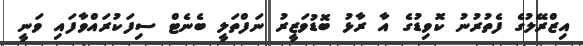
އިޒްރޭލުގެ ފެތުރުނު ކޮވިޑުގެ އާ ރާޅު ބޮޑުވަޒީރު ނަފްތަލީ ބެނެޓް ސިފަކުރައްވާފައި ވަނީ